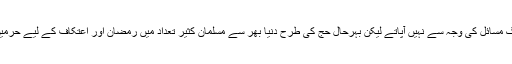
لیکن بہت سے لوگ مسائل کی وجہ سے نہیں آپاتے لیکن بہرحال حج کی طرح دنیا بھر سے مسلمان کثیر تعداد میں رمضان اور اعتکاف کے لیے حرمین شریفین آتے ہیں۔